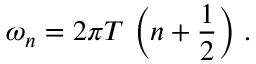
\omega _ { n } = 2 \pi T \, \left( n + { \frac { 1 } { 2 } } \right) \, .